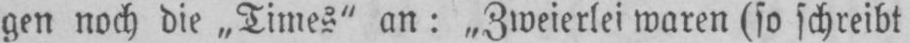
gen noch die „Times‟ an: „Zweierlei waren (so schreibt